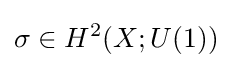
\sigma \in H^{2}(X;U(1))